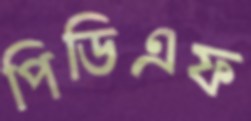
পিডিএফ